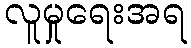
လူမှုရေးအရ